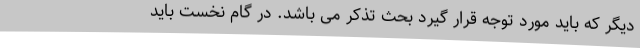
دیگر که باید مورد توجه قرار گیرد بحث تذکر می باشد. در گام نخست باید